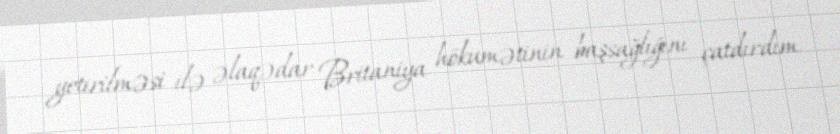
yetirilməsi ilə əlaqədar Britaniya hökumətinin başsağlığını çatdırdım.